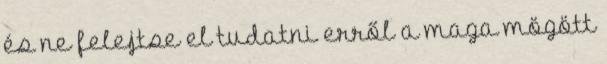
és ne felejtse el tudatni erről a maga mögött